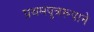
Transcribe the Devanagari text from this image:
प्रथमपुत्ररूपाने